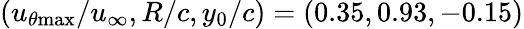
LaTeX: (u_{\theta\mathrm{{max}}}/u_{\infty},R/c,y_{0}/c)=(0.35,0.93,-0.15)